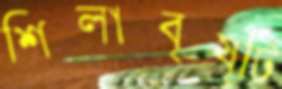
শিলাবৃষ্টি